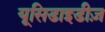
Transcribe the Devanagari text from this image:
यूसिडाइडीज़